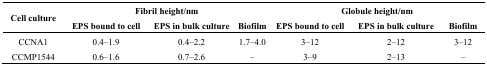
| <ROWSPAN=2> Cell culture | <COLSPAN=3> Fibril height/nm | <COLSPAN=3> Globule height/nm |
 | EPS bound to cell | EPS in bulk culture | Biofilm | EPS bound to cell | EPS in bulk culture | Biofilm |
 | --- | --- | --- | --- | --- | --- | --- |
 | CCNA1 | 0.4–1.9 | 0.4–2.2 | 1.7–4.0 | 3–12 | 2–12 | 3–12 |
 | CCMP1544 | 0.6–1.6 | 0.7–2.6 | – | 3–9 | 2–13 | – |